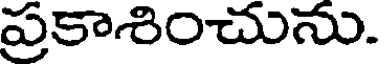
ప్రకాశించును.